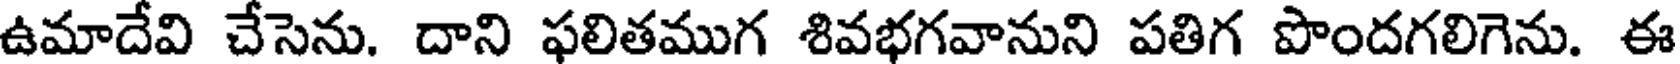
ఉమాదేవి చేసెను. దాని ఫలితముగ శివభగవానుని పతిగ పొందగలిగెను. ఈ